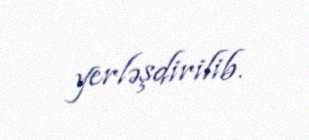
yerləşdirilib.